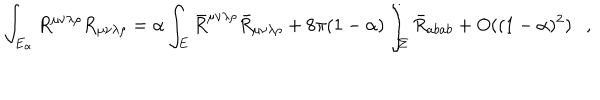
\int _ { E _ { \alpha } } R ^ { \mu \nu \lambda \rho } R _ { \mu \nu \lambda \rho } = \alpha \int _ { E } \bar { R } ^ { \mu \nu \lambda \rho } \bar { R } _ { \mu \nu \lambda \rho } + 8 \pi ( 1 - \alpha ) \int _ { \Sigma } \bar { R } _ { a b a b } + O ( ( 1 - \alpha ) ^ { 2 } ) ,